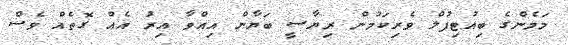
މަމެންގެ ބިއުޓިފުލް ވެރިކަމުން ރިޔާސީ ބަޔާން އިއްވާ އިރު އެއް ގޮތެއް ވެސް